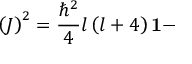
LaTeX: \left( J \right) ^ { 2 } = \frac { \hbar ^ { 2 } } { 4 } l \left( l + 4 \right) \mathbf { 1 - }